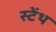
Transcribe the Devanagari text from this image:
स्‍टेंथ